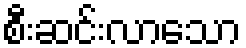
စီးဆင်းလာသော